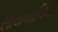
સાયનાઈડની